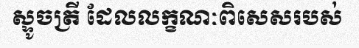
ស្ទូចត្រី ដែលលក្ខណៈពិសេសរបស់